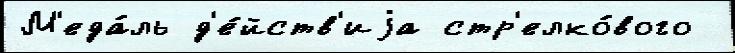
М'еда́ль д'е́йств'иjа стр'елко́вого